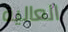
العالية